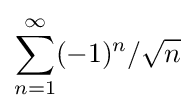
\sum _{n=1}^{\infty }(-1)^{n}/{\sqrt {n}}